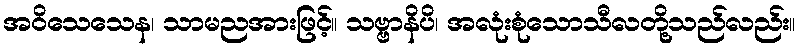
အဝိသေသေန၊ သာမညအားဖြင့်။ သဗ္ဗာနိပိ၊ အလုံးစုံသောသီလတို့သည်လည်း။